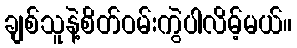
ချစ်သူနဲ့စိတ်ဝမ်းကွဲပါလိမ့်မယ်။